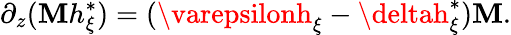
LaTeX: \partial_{z}(\mathbf{M}h_{\xi}^{*})=(\varepsilonh_{\xi}-\deltah_{\xi}^{*})\mathbf{M}.